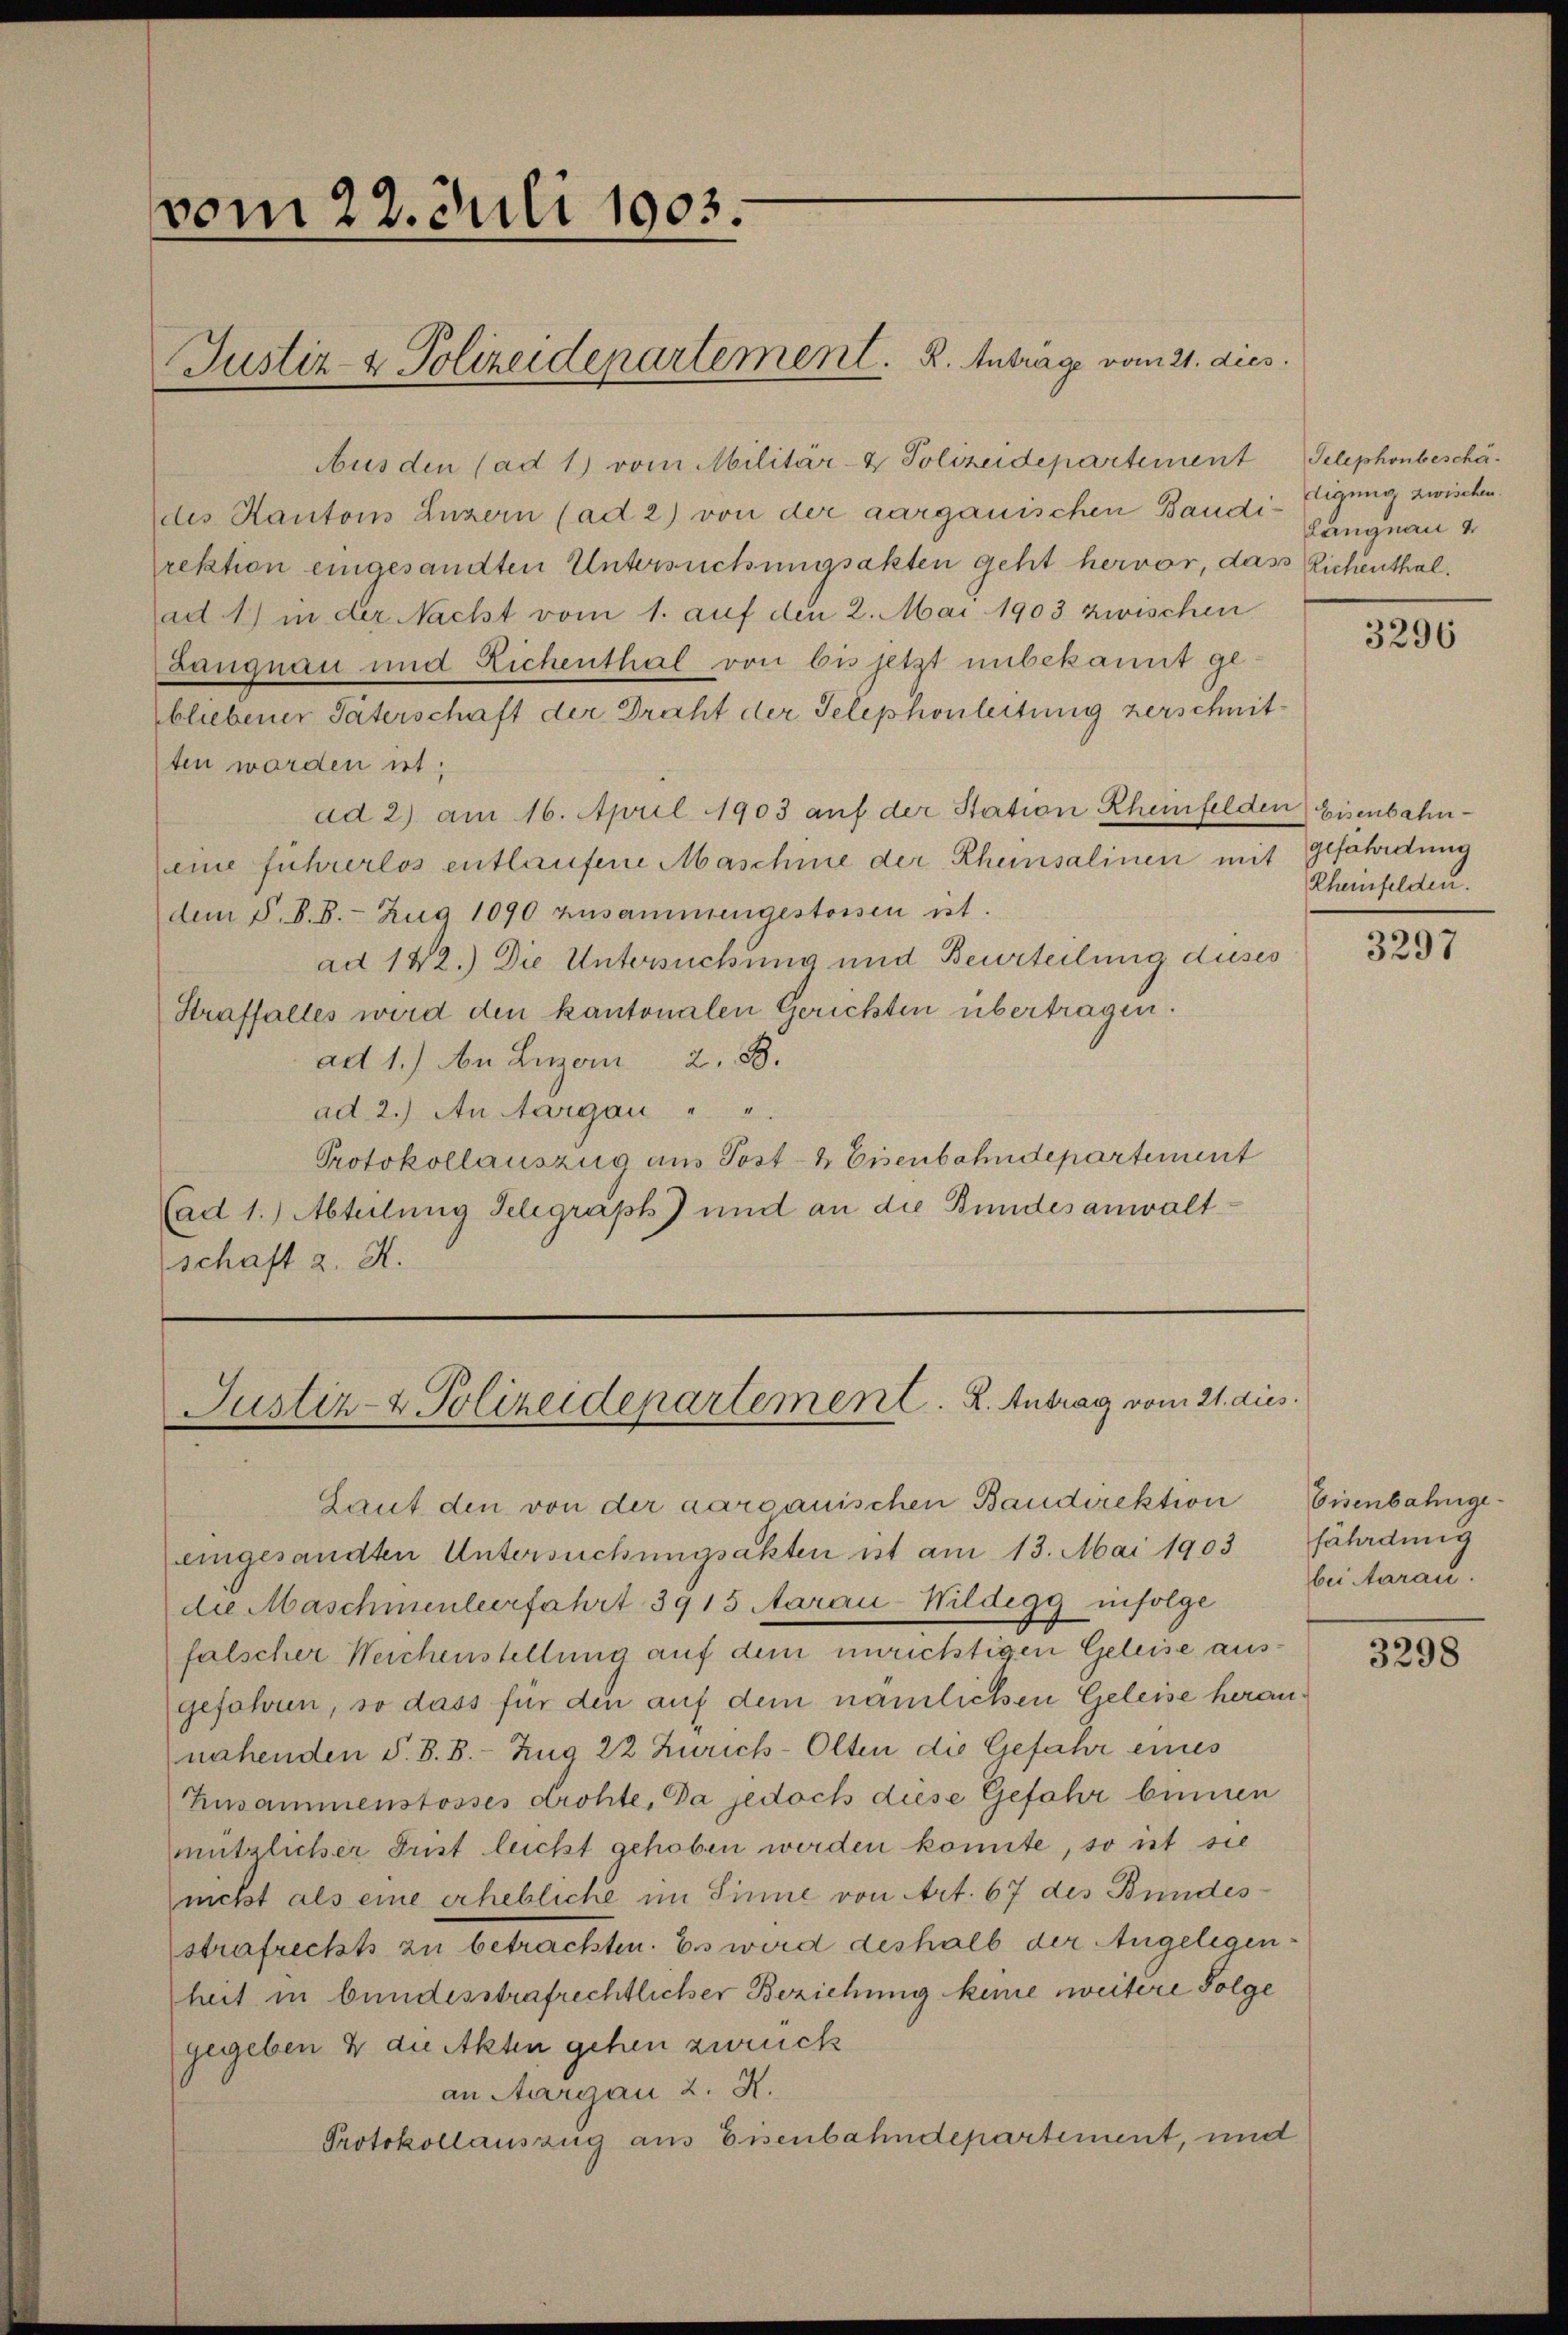
vom 22. Juli 1903.

Aus den (ad 1) vom Militär- & Polizeidepartement
des Kantons Luzern (ad 2) von der aarganischen Baudi-Eignng zwischen.
rektion eingesandten Untersuchungsakten geht hervor, das Richenthalad 1) in der Nacht vom 1. auf den 2. Mai 1903 zwischen
Langnau und Richenthal von bis jetzt unbekannt ge
bliebener Vaterschaft der Draht der Telephonleitung zerschnitten worden ist;
ad 2) am 16. April 1903 auf der Station Rheinfelden Eisenbahnleine fuhrerlös entlaufene Maschine der Rheinsalinen mit
dem §. 8.8.- Zug 1090 zusammengestossen ist.
ad 142.) Die Untersuchung und Beurteilung dieses
Straffalles wird den kantonalen Gerichten übertragen.
ad 1.) An Luzern 2. 88.
ad 2.) An Aargau " "
Protokollauszug aus Post- & Eisenbahndepartement
(ad 1.) Abteilung Telegraph) und an die Bundesanwaltschaft z. H.

Justiz- & Polizeidepartement. K. Anträge vom 21. dies

Justiz- & Polizeidepartement. 2. Antrag vom 21. dies.

Laut den von der aargauischen Baudirektion
eingesandten Untersuchungsakten ist am 13. Mai 1903 fährdung
die Maschmenleerfahrt 3915 Aarau-Wildegg infolge
falscher Weichenstellung auf dem unrichtigen Geleise ausgefahren, so dass für den auf dem nämlichen Geleise herannahenden S. B. B. Zug 22 Zürich-Olten die Gefahr eines
Zusammenstosses drohte, Da jedoch diese Gefahr binnen
mützlicher Frist leicht gehoben werden könnte, so ist sie
nicht als eine erhebliche im Sinne von Art. 67 des Bundesstrafrechts zu betrachten. Es wird deshalb der Angelegenheit in bundesstrafrechtlicher Beziehung keine weitere Folge
gegeben & die Akten gehen zurück
an Aargau 2. X.
Protokollauszug aus Eisenbahndepartement, und

Telephonbeschä¬
Langnau u

3296

gefährdung
Rheinfelden.

3297

Eisenbahngebei Aarau.

3298